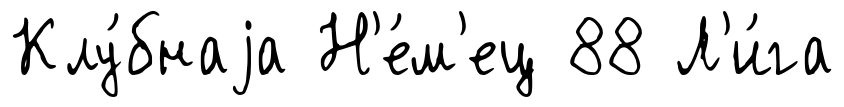
Клу́бнаjа Н'е́м'ец 88 Л'и́га